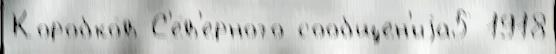
Коробко́в С'е́в'ерного сообщен'иjа5 1918